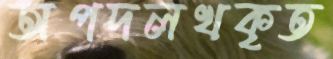
অপদলখকৃত